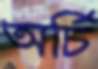
অর্চি